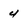
Character: 4